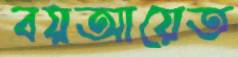
বয়আয়েত